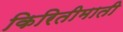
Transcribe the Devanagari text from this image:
किरितीमाती